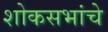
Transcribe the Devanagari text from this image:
शोकसभांचे